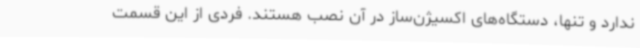
ندارد و تنها، دستگاه‌های اکسیژن‌ساز در آن نصب هستند. فردی از این قسمت